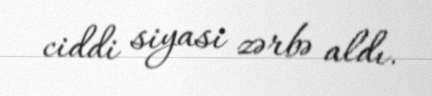
ciddi siyasi zərbə aldı.